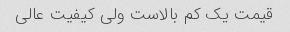
قیمت یک کم بالاست ولی کیفیت عالی